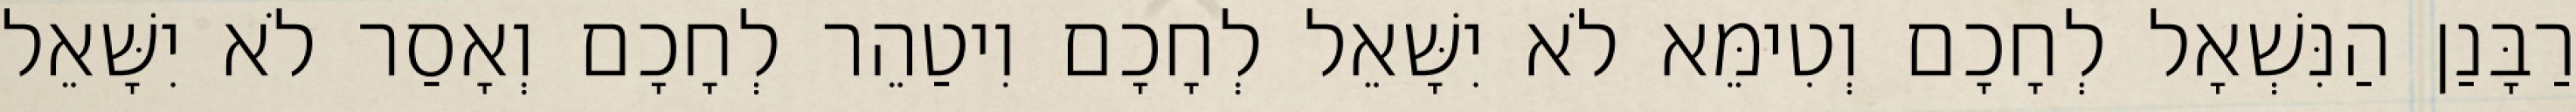
רַבָּנַן הַנִּשְׁאָל לְחָכָם וְטִימֵּא לֹא יִשָּׁאֵל לְחָכָם וִיטַהֵר לְחָכָם וְאָסַר לֹא יִשָּׁאֵל